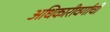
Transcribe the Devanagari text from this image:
अधिकारीवर्गाची